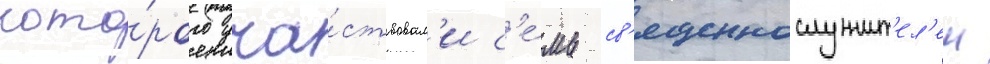
кото́рого уча́ствовал'и с'е́мь св'ященнослужит'ел'еи